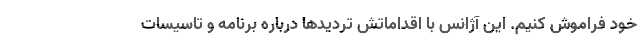
خود فراموش کنیم. این آژانس با اقداماتش تردیدها درباره برنامه و تاسیسات